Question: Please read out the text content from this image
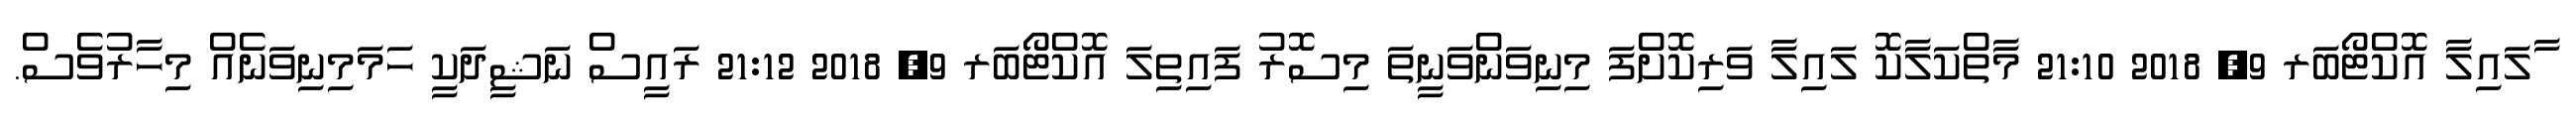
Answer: ާލައިލާ އޮކްޓޯބަރ 9, 2018 21:10 މާތްކަލާކޮ ލައިލާ ވަރިކޮށްފަ މިނިވަންވަނީތަ މިސޮރު ފައިތިލަ އޮކްޓޯބަރ 9, 2018 21:12 ރައީސް ނަޝީދަކީ ހަމަމިނިވަނެއް މިހާރުވެސް.